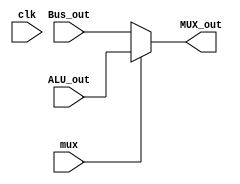
//Mux connected with ALU output

module ALU_MUX (input clk, mux,
                input [23:0] ALU_out,
                input [23:0] Bus_out,
                output [23:0] MUX_out
);
 // 1 - ALU 
 // 0 - Bus (default)
    assign MUX_out = mux ? ALU_out : Bus_out ;

endmodule //ALU_MUX